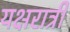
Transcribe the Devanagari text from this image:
यक्षरात्री